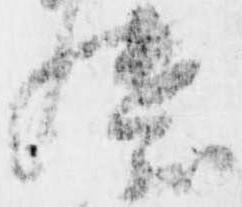
継